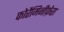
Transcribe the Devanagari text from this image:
फोरैमिनीफ़ेरा